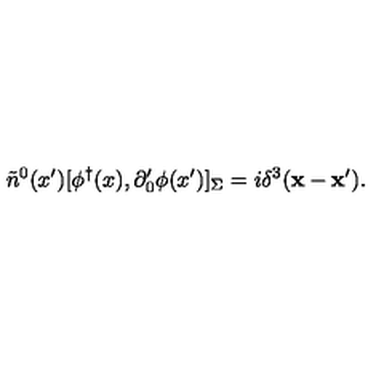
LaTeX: \tilde { n } ^ { 0 } ( x ^ { \prime } ) [ \phi ^ { \dagger } ( x ) , \partial _ { 0 } ^ { \prime } \phi ( x ^ { \prime } ) ] _ { \Sigma } = i \delta ^ { 3 } ( { \bf x } - { \bf x } ^ { \prime } ) .